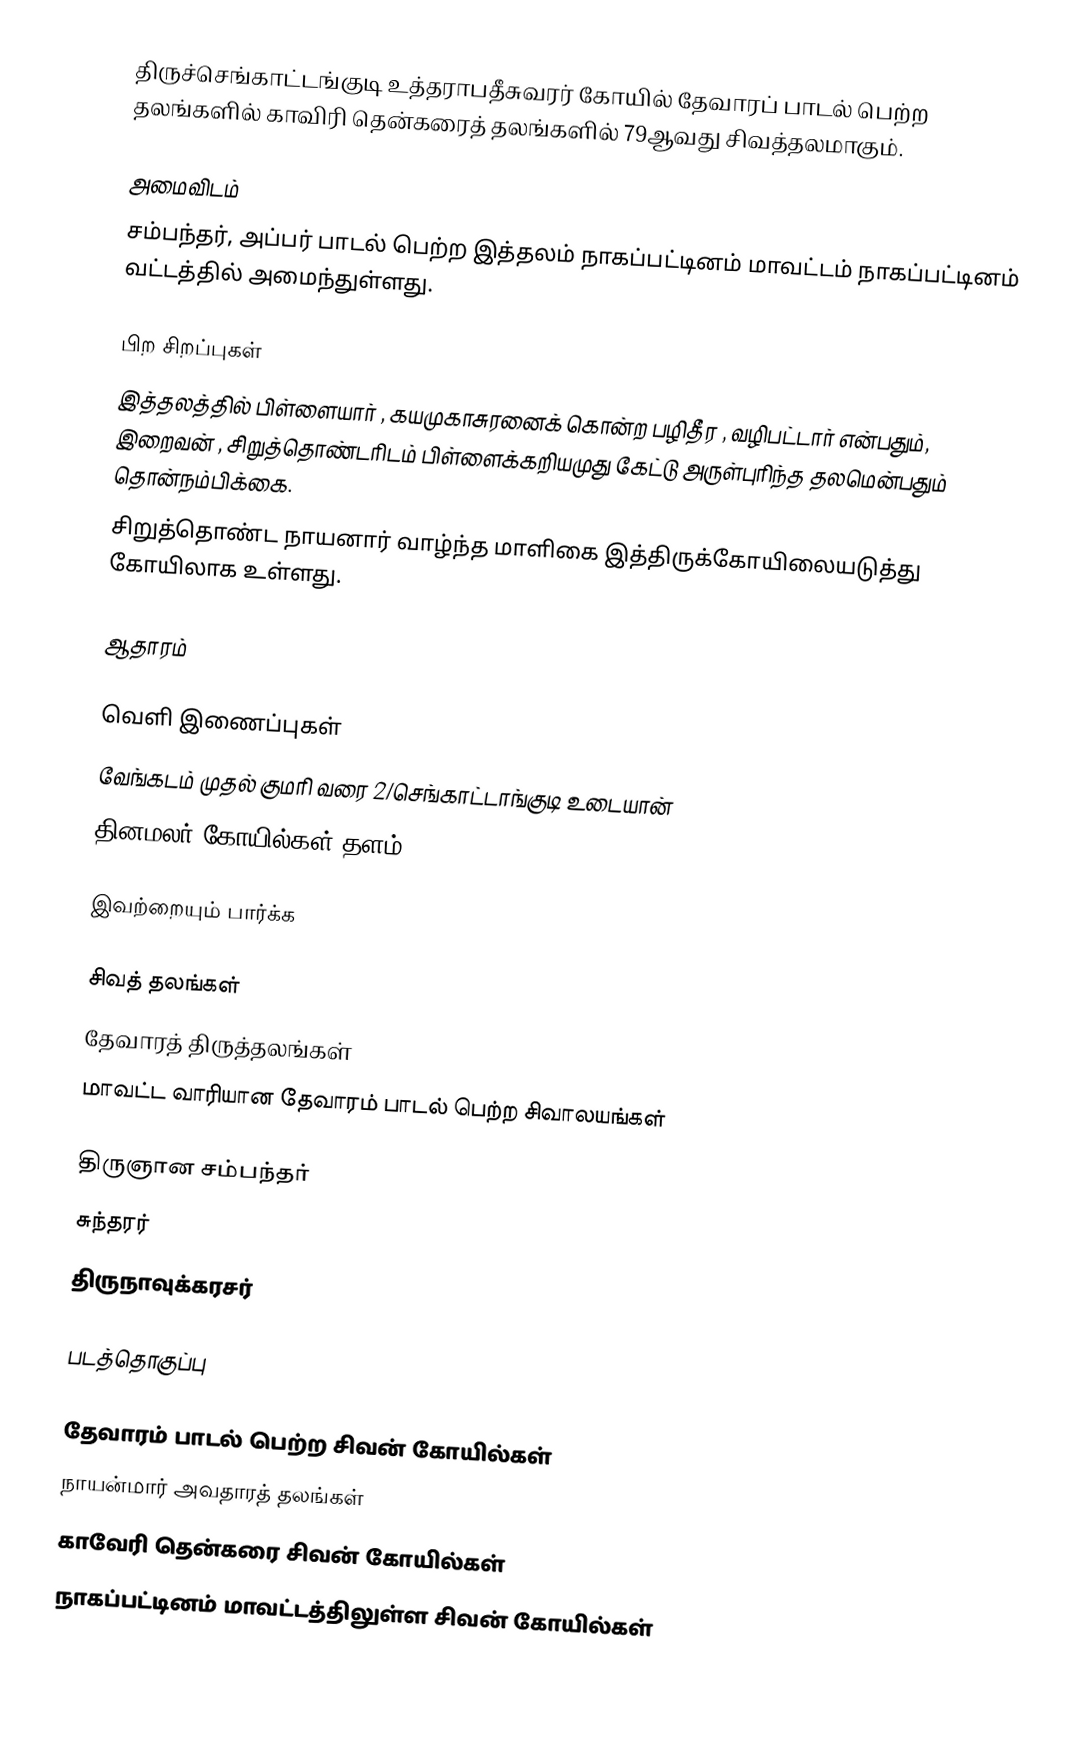
திருச்செங்காட்டங்குடி உத்தராபதீசுவரர் கோயில் தேவாரப் பாடல் பெற்ற தலங்களில் காவிரி தென்கரைத் தலங்களில் 79ஆவது சிவத்தலமாகும்.

அமைவிடம்
சம்பந்தர், அப்பர் பாடல் பெற்ற இத்தலம் நாகப்பட்டினம் மாவட்டம்  நாகப்பட்டினம் வட்டத்தில் அமைந்துள்ளது.

பிற சிறப்புகள்
இத்தலத்தில் பிள்ளையார் , கயமுகாசுரனைக் கொன்ற பழிதீர , வழிபட்டார் என்பதும், இறைவன் , சிறுத்தொண்டரிடம் பிள்ளைக்கறியமுது கேட்டு அருள்புரிந்த தலமென்பதும் தொன்நம்பிக்கை.
 சிறுத்தொண்ட நாயனார் வாழ்ந்த மாளிகை இத்திருக்கோயிலையடுத்து கோயிலாக உள்ளது.

ஆதாரம்

வெளி இணைப்புகள்
வேங்கடம் முதல் குமரி வரை 2/செங்காட்டாங்குடி உடையான்
 தினமலர் கோயில்கள் தளம்

இவற்றையும் பார்க்க

 சிவத் தலங்கள்
 தேவாரத் திருத்தலங்கள்
 மாவட்ட வாரியான தேவாரம் பாடல் பெற்ற சிவாலயங்கள்

 திருஞான சம்பந்தர்
 சுந்தரர்
 திருநாவுக்கரசர்

படத்தொகுப்பு

தேவாரம் பாடல் பெற்ற சிவன் கோயில்கள்
நாயன்மார் அவதாரத் தலங்கள்
காவேரி தென்கரை சிவன் கோயில்கள்
நாகப்பட்டினம் மாவட்டத்திலுள்ள சிவன் கோயில்கள்